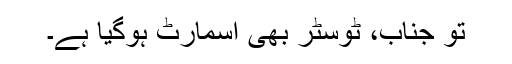
تو جناب، ٹوسٹر بھی اسمارٹ ہوگیا ہے۔